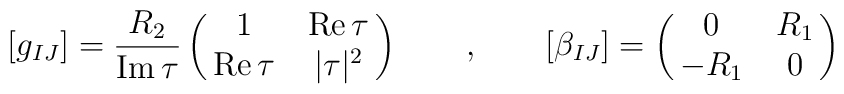
[g_{IJ}]=\frac{R_2}{\mbox{Im}\,\tau}\pmatrix{1 & \mbox{Re}\,\tau \cr\mbox{Re}\,\tau & |\tau|^2}~~~~~~,~~~~~~[\beta_{IJ}]=\pmatrix{0 & R_1 \cr -R_1 & 0}